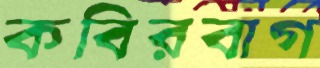
কবিরবাগ